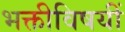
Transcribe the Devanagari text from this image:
भक्तीविषयीं